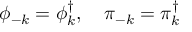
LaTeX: \phi _ { - k } = \phi _ { k } ^ { \dagger } , ~ ~ ~ \pi _ { - k } = \pi _ { k } ^ { \dagger }